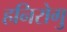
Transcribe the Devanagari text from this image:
हनिरोगु